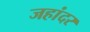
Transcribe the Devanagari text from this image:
जहांदर